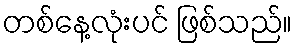
တစ်နေ့လုံးပင် ဖြစ်သည်။